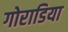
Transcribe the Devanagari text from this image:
गोराडिया